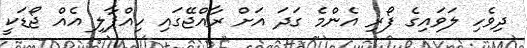
ދިވެހި ލަވައިގެ ފޯރި އެންމެ ގަދަ އަށް ރާއްޖޭގައި ހިއްޕާލި އެއް ޖޯޑަކީ